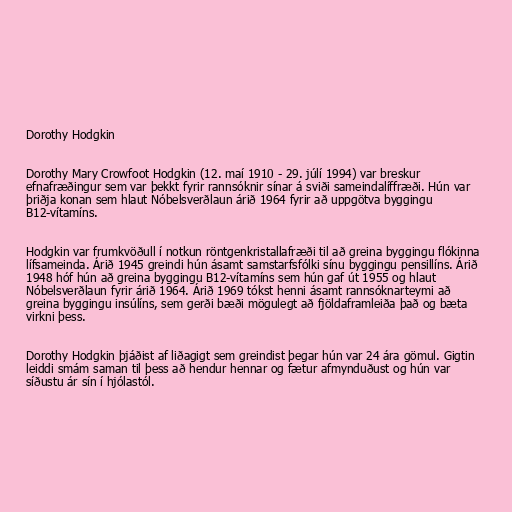
Dorothy Hodgkin

Dorothy Mary Crowfoot Hodgkin (12. maí 1910 - 29. júlí 1994) var breskur
efnafræðingur sem var þekkt fyrir rannsóknir sínar á sviði sameindalíffræði. Hún var
þriðja konan sem hlaut Nóbelsverðlaun árið 1964 fyrir að uppgötva byggingu
B12-vítamíns.

Hodgkin var frumkvöðull í notkun röntgenkristallafræði til að greina byggingu flókinna
lífsameinda. Árið 1945 greindi hún ásamt samstarfsfólki sínu byggingu pensillíns. Árið
1948 hóf hún að greina byggingu B12-vítamíns sem hún gaf út 1955 og hlaut
Nóbelsverðlaun fyrir árið 1964. Árið 1969 tókst henni ásamt rannsóknarteymi að
greina byggingu insúlíns, sem gerði bæði mögulegt að fjöldaframleiða það og bæta
virkni þess.

Dorothy Hodgkin þjáðist af liðagigt sem greindist þegar hún var 24 ára gömul. Gigtin
leiddi smám saman til þess að hendur hennar og fætur afmynduðust og hún var
síðustu ár sín í hjólastól.